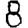
Digit: 8